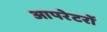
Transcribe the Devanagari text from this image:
आपरेटरों